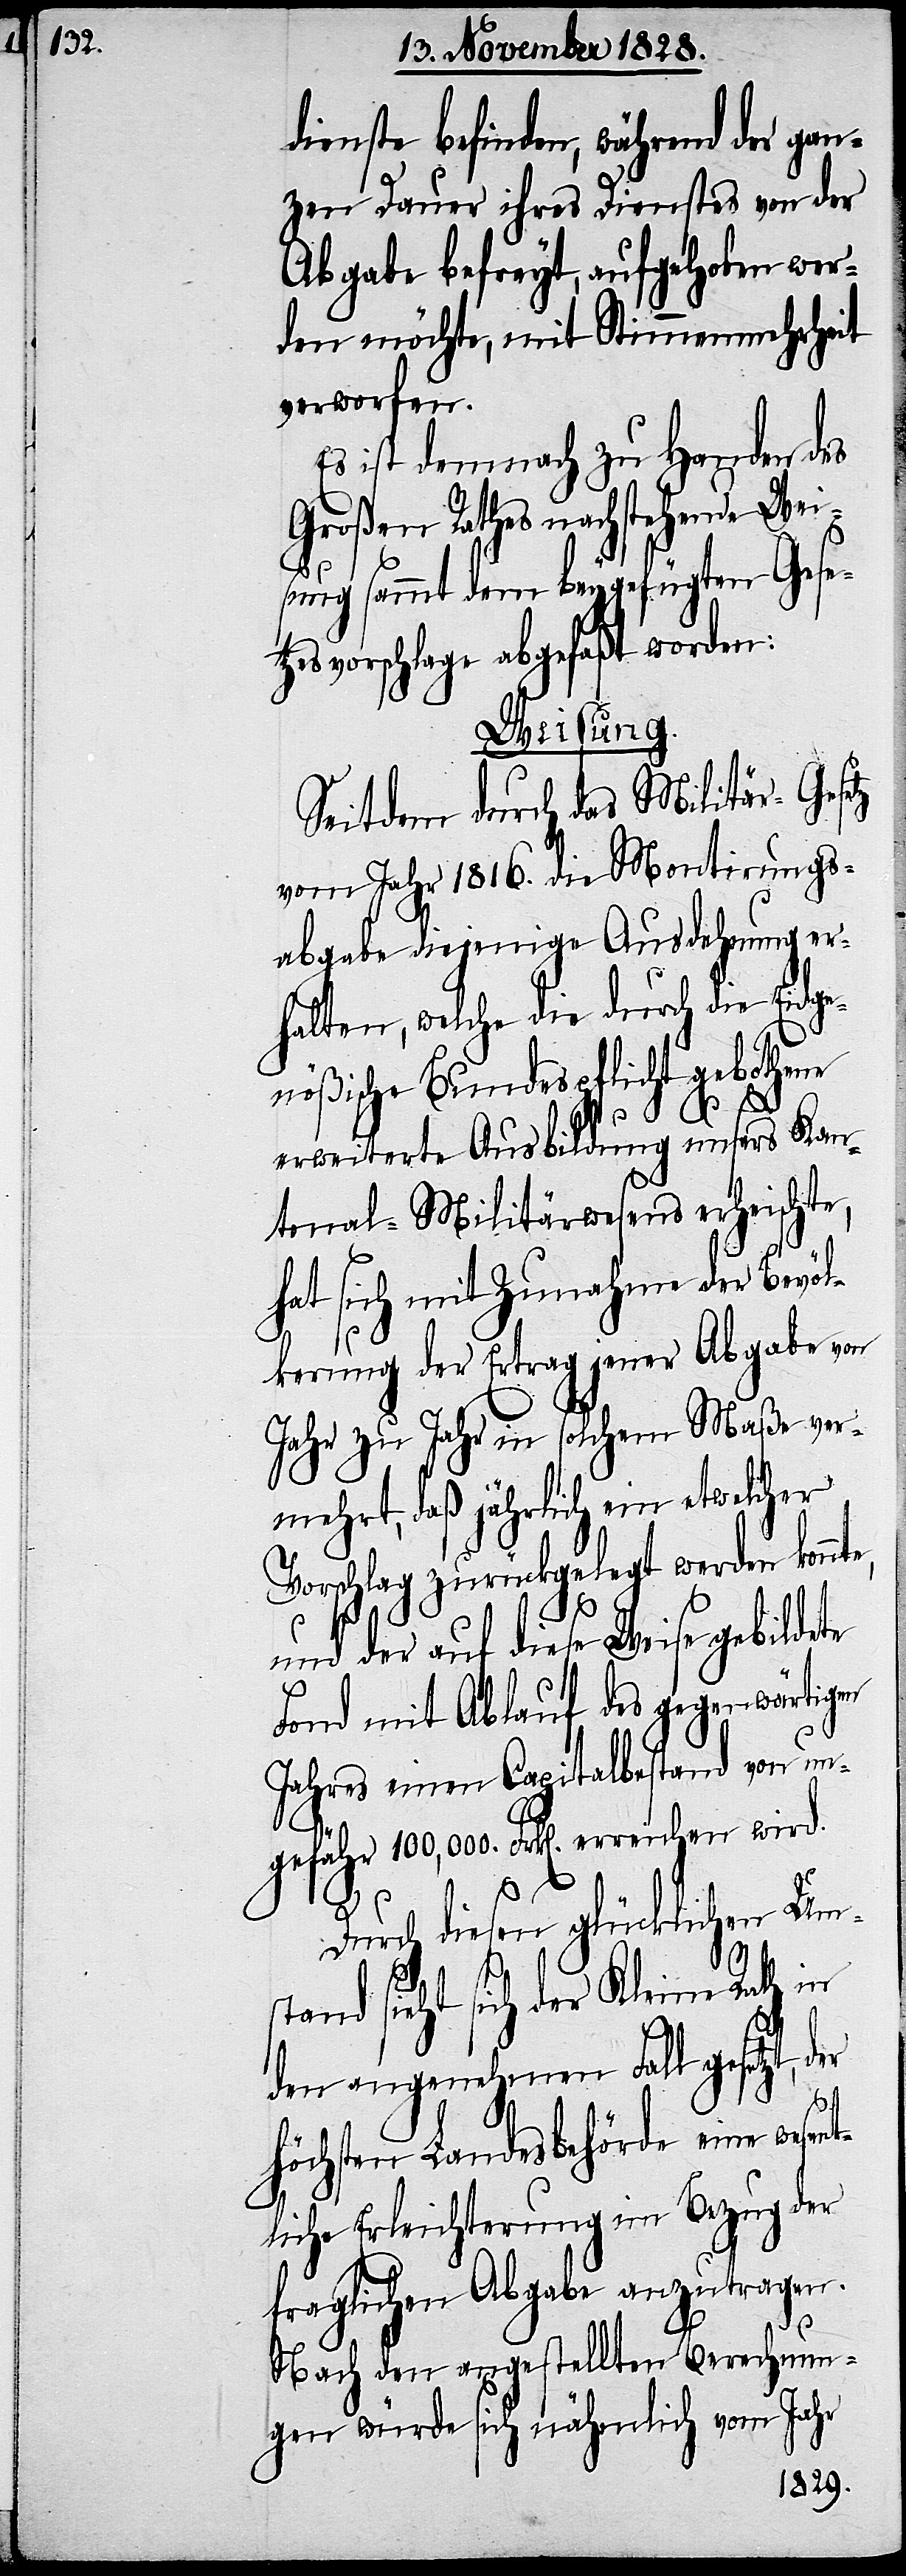
dienste befinden, während der gan¬
zen Dauer ihres Dienstes von der
Abgabe befreyt, aufgehoben wer¬
den möchte, mit Stimmenmehrheit
verworfen.
Es ist demnach zu Handen des
Großen Rathes nachstehende Wei¬
sung sammt dem beygefügten Gese¬
tzesvorschlage abgefaßt worden:
Weisung.
Seitdem durch das Militär-Gesetz
vom Jahr 1816. die Montirungs¬
abgabe diejenige Ausdehnung er¬
halten, welche die durch die Eidge¬
nößische Bundespflicht gebothene
erweiterte Ausbildung unsers Kan¬
tonal-Militärwesens erheischte,
hat sich mit Zunahme der Bevöl¬
kerung der Ertrag jener Abgabe von
Jahr zu Jahr in solchem Maße ver¬
mehrt, daß jährlich ein etwelcher
Vorschlag zurückgelegt werden konnte,
und der auf diese Weise gebildete
Fond mit Ablauf des gegenwärtigen
Jahres einen Capitalbestand von un¬
gefähr 100,000. Frk[en]. erreichen wird.
Durch diesen glücklichen Um¬
stand sieht sich der Kleine Rath in
den angenehmen Fall gesetzt, d¬
er
höchsten Landesbehörde eine wesent¬
liche Erleichterung im Bezug der
fraglichen Abgabe anzutragen.
Nach den angestellten Berechnun¬
gen würde sich nähmlich vom Jahr